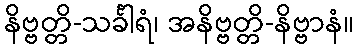
နိဗ္ဗတ္တိ-သင်္ခါရံ၊ အနိဗ္ဗတ္တိ-နိဗ္ဗာနံ။